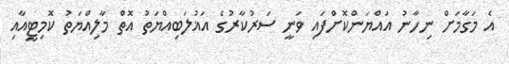
އެ މަގާމަށް ނިހާނު އައްޔަންކޮށްފައި ވަނީ ސަރުކާރުގެ އަޣުލަބިއްޔަތު އޮތް މާލިއްޔަތު ކޮމިޓީއާއި